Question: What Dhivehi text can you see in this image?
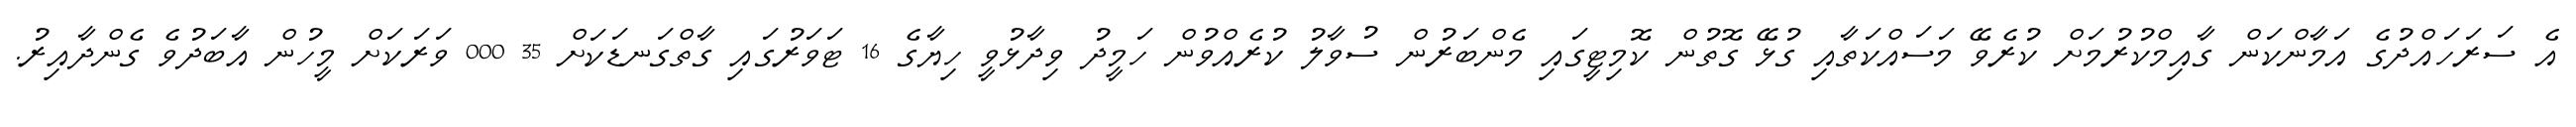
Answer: އެ ސަރަހައްދުގެ އަމާންކަން ގާއިމްކުރުމަށް ކުރެވޭ މަސައްކަތާއި ގުޅޭ ގޮތުން ކޮމިޓީގައި މެންބަރުން ސުވާލު ކުރެއްވުން ހަމީދު ވިދާޅުވީ ހިޔާގެ 16 ޓަވަރުގައި ގާތްގަނޑަކަށް 35 000 ވަރަކަށް މީހުން އާބަދުވެ ގެންދާއިރު.